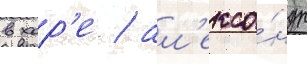
в хор'е / ал'екса́ндр